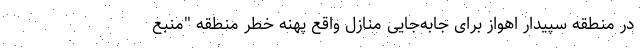
در منطقه سپیدار اهواز برای جابه‌جایی منازل واقع پهنه خطر منطقه "منبع